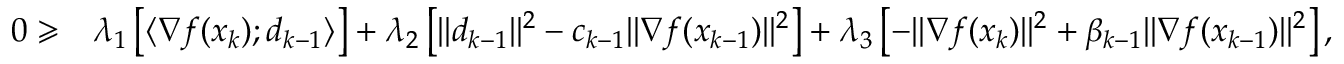
\begin{array} { r l } { 0 \geqslant } & { \lambda _ { 1 } \left[ \langle \nabla f ( x _ { k } ) ; d _ { k - 1 } \rangle \right] + \lambda _ { 2 } \left[ \| d _ { k - 1 } \| ^ { 2 } - c _ { k - 1 } \| \nabla f ( x _ { k - 1 } ) \| ^ { 2 } \right] + \lambda _ { 3 } \left[ - \| \nabla f ( x _ { k } ) \| ^ { 2 } + \beta _ { k - 1 } \| \nabla f ( x _ { k - 1 } ) \| ^ { 2 } \right] , } \end{array}